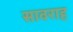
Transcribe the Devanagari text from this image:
सावराह